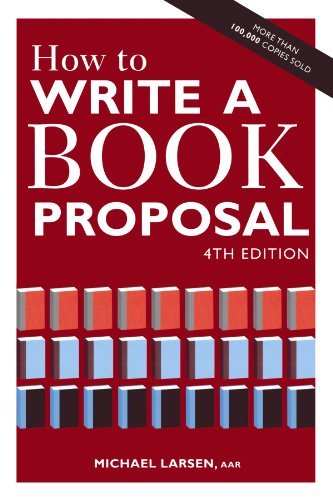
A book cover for How to Write a Book Proposal; Michael Larsen; Reference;